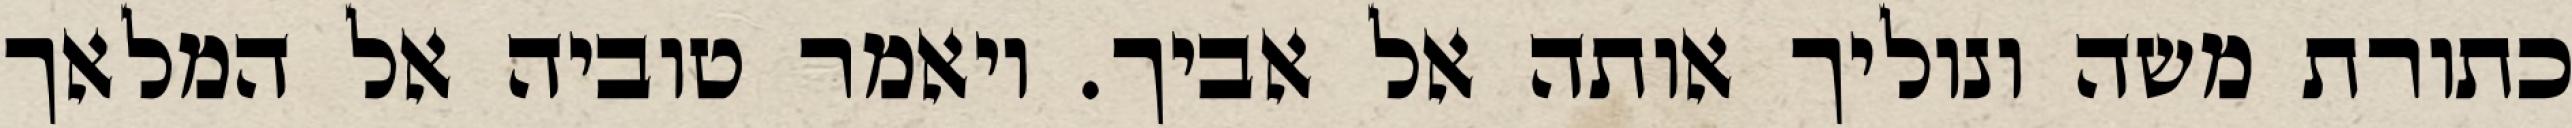
כתורת משה ונוליך אותה אל אביך. ויאמר טוביה אל המלאך